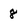
Character: 8